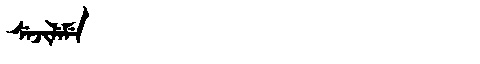
Manchu: ᠰᡝᠵᡳᠯᡝᠮᡝ
Romanization: SEJILEME